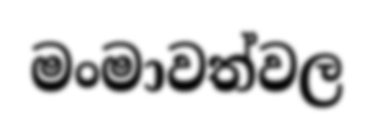
මංමාවත්වල